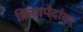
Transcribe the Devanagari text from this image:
क्रियापदांवर